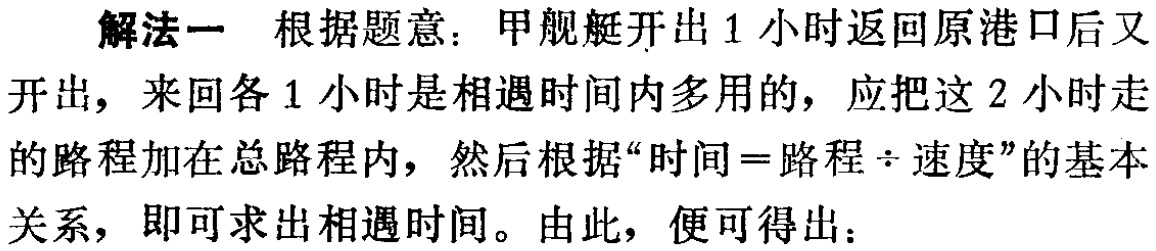
解法一 根据题意：甲舰艇开出1小时返回原港口后又

开出，来回各1小时是相遇时间内多用的，应把这2小时走

的路程加在总路程内，然后根据“时间 = 路程÷速度”的基本

关系，即可求出相遇时间。由此，便可得出：